Civil Veterinary Dept. Bombay admin report 1932-41 - 1932-1941
Year: 1932
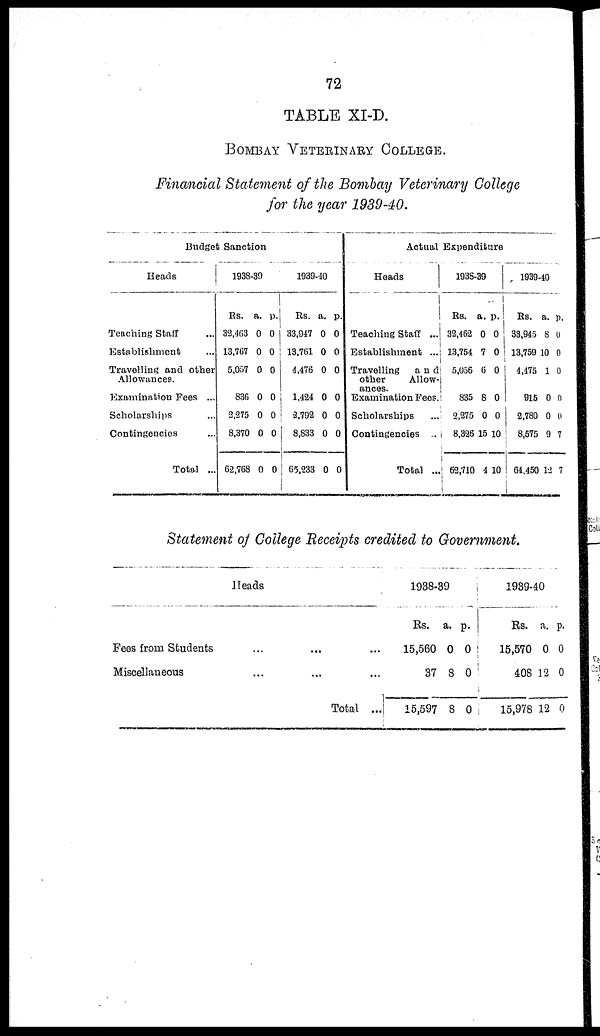
72
TABLE XI-D.
BOMBAY VETERINARY COLLEGE.
Financial Statement of the Bombay Veterinary College
for the year 1939-40.
Budget Sanction
Heads
Teaching Staff
Establishment ...
Travelling and other
Allowances.
Examination Fees ...
Scholarships
Contingencies
Total ...
1938-39
Rs.
32,463
13,767
5,057
836
3,275
8,370
62,768
a.
0
0
0
0
0
0
0
p.
0
0
0
0
0
0
0
1939-40
Rs.
33,947
13,761
4,476
1,424
2,792
8,833
65,233
a.
0
0
0
0
0
0
0
p.
0
0
0
0
0
0
0
Actual Expenditure
Heads
Teaching Staff ...
Establishment ...
Travelling and
other
Allow-
ances.
Examination Fees.
Scholarships
Contingencies
Total ...
1938-39
Rs.
32,462
13,754
5,036
835
2,275
8,326
52,710
a. p
0
7
6
8
0
15
4
.
0
0
0
0
0
10
10
1939-40
Rs.
33,945
13,759
4,475
915
2,780
8,575
64,450
a.
8
10
1
0
0
9
12
p.
0
0
0
0
0
7
7
Statement of College Receipts credited to Government
Heads
Fees from
Students...
...
...
Miscellaneous
...
...
...
Total...
1938-39
Rs.
15,560
37
15,597
a.
0
8
8
p.
0
0
0
1939-40
Rs.
15,570
408
15,978
a.
0
12
12
p.
0
0
0